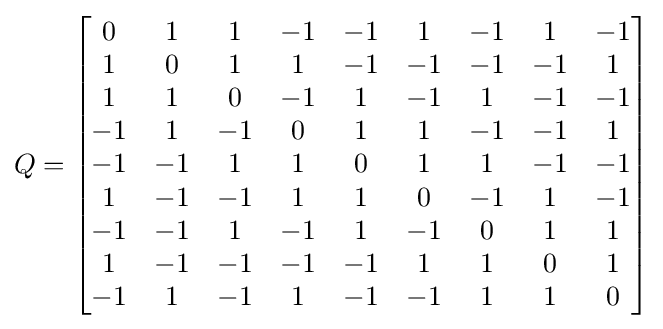
Q={\begin{bmatrix}0&1&1&-1&-1&1&-1&1&-1\\1&0&1&1&-1&-1&-1&-1&1\\1&1&0&-1&1&-1&1&-1&-1\\-1&1&-1&0&1&1&-1&-1&1\\-1&-1&1&1&0&1&1&-1&-1\\1&-1&-1&1&1&0&-1&1&-1\\-1&-1&1&-1&1&-1&0&1&1\\1&-1&-1&-1&-1&1&1&0&1\\-1&1&-1&1&-1&-1&1&1&0\end{bmatrix}}